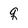
Character: q